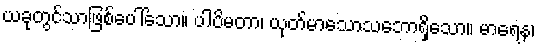
ယခုတွင်သာဖြစ်ပေါ်သော။ ပါပိမတာ၊ ယုတ်မာသောသဘောရှိသော။ မာရေန၊